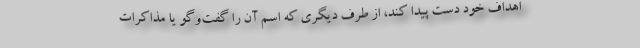
اهداف خود دست پیدا کند، از طرف دیگری که اسم آن را گفت‌وگو یا مذاکرات